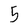
Character: 5